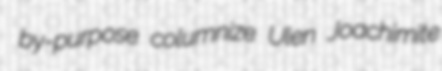
by-purpose columnize Ulen Joachimite